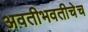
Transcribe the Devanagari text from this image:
अवतीभवतीचेच